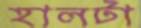
হালটা